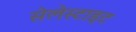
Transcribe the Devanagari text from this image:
सेलेस्टाइट